Materia medica of Madras volume I
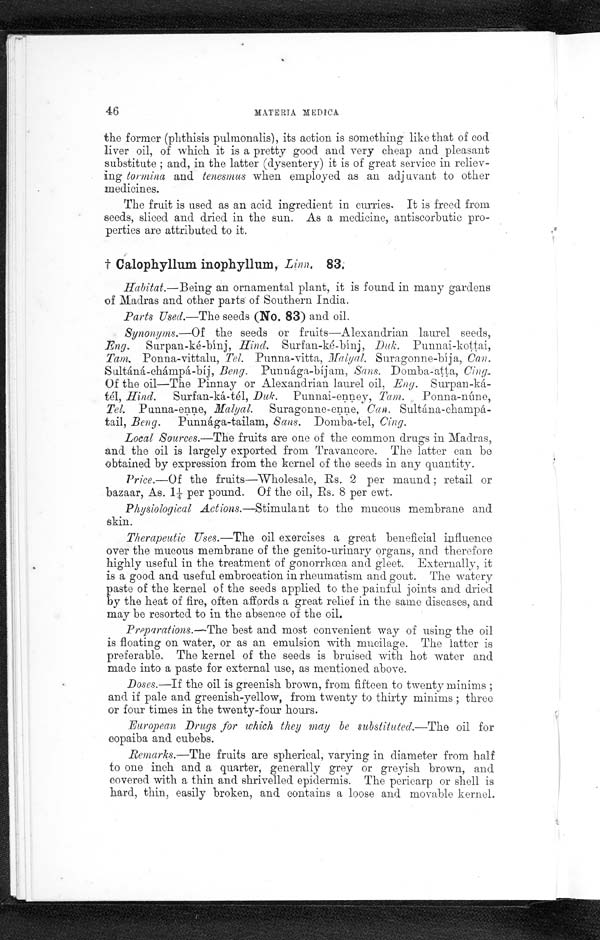
46
MATERIA MEDICA
the former (phthisis pulmonalis), its action is something like that of cod
liver oil, of which it is a pretty good and very cheap and pleasant
substitute ; and, in the latter (dysentery) it is of great service in reliev-
ing tormina and tenesmus when employed as an adjuvant to other
medicines.
The fruit is used as an acid ingredient in curries. It is freed from
seeds, sliced and dried in the sun. As a medicine, antiscorbutic pro-
perties are attributed to it.
t Calophyllum inophyllum, Linn. 83.
Habitat.—Being an ornamental plant, it is found in many gardens
of Madras and other parts of Southern India.
Parts Used.—The seeds (No. 83) and oil.
Synonyms.—Of the seeds or fruits—Alexandrian laurel seeds,
Eng. Surpan-ké-bínj, Hind. Surfan-ké-bínj, Duk. Punnai-kottai,
Tam. Ponna-vittalu, Tel. Punna-vitta, Malyal. Suragonne-bíja, Can.
Sultáná-chámpá-bíj, B eng. Punnága-bíjam, Sans. Domba-atta, Cing.
Of the oil—The Pinnay or Alexandrian laurel oil, Eng. Surpan-ká--
tél, Hind. Surfan-ká-tél, Duk. Punnai-enney, Tam. Ponna-núne,
Tel. Punna-enne, Malyal. Suragonne-enne, Can. Sultána-champá-
tail, Beng. Punnága-tailam, Sans. Domba-tel, Cing.
Local Sources.—The fruits are one of the common drugs in Madras,
and the oil is largely exported from Travancore. The latter can be
obtained by expression from the kernel of the seeds in any quantity.
Price.—Of the fruits—Wholesale, Rs. 2 per maund ; retail or
bazaar, As. 1¼ per pound. Of the oil, Rs. 8 per cwt.
Physiological Actions.—Stimulant to the mucous membrane and
skin.
Therapeutic Uses.—The oil exercises a great beneficial influence
over the mucous membrane of the genito-urinary organs, and therefore
highly useful in the treatment of gonorrhœa, and gleet. Externally, it
is a good and useful embrocation in rheumatism and gout. The watery
paste of the kernel of the seeds applied to the painful joints and dried
by the heat of fire, often affords a great relief in the same diseases, and
may be resorted to in the absence of the oil.
Preparations.—The best and most convenient way of using the oil
is floating on water, or as an emulsion with mucilage. The latter is
preferable. The kernel of the seeds is bruised with hot water and
made into a paste for external use, as mentioned above.
Doses.—If the oil is greenish brown, from fifteen to twenty minims ;
and if pale and greenish-yellow, from twenty to thirty minims ; three
or four times in the twenty-four hours.
European Drugs for which they may be substituted.—The oil for
eopaiba and cubebs.
Remarks.—The fruits are spherical, varying in diameter from half
to one inch and a quarter, generally grey or greyish brown, and
covered with a thin and shrivelled epidermis. The pericarp or shell is
hard, thin, easily broken, and contains a loose and movable kernel.